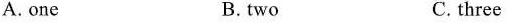
A.one B.two C. three